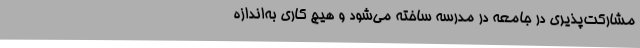
مشارکت‌پذیری در جامعه در مدرسه ساخته می‌شود و هیچ کاری به‌اندازه